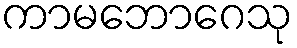
ကာမဘောဂေသု